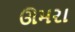
ઊમરા